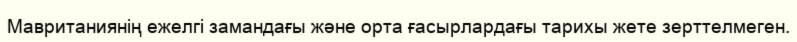
Мавританиянің ежелгі замандағы және орта ғасырлардағы тарихы жете зерттелмеген.